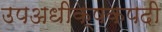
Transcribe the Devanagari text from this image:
उपअधीक्षकपदी